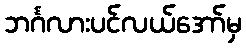
ဘင်္ဂလားပင်လယ်အော်မှ